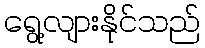
ရွေ့လျားနိုင်သည်